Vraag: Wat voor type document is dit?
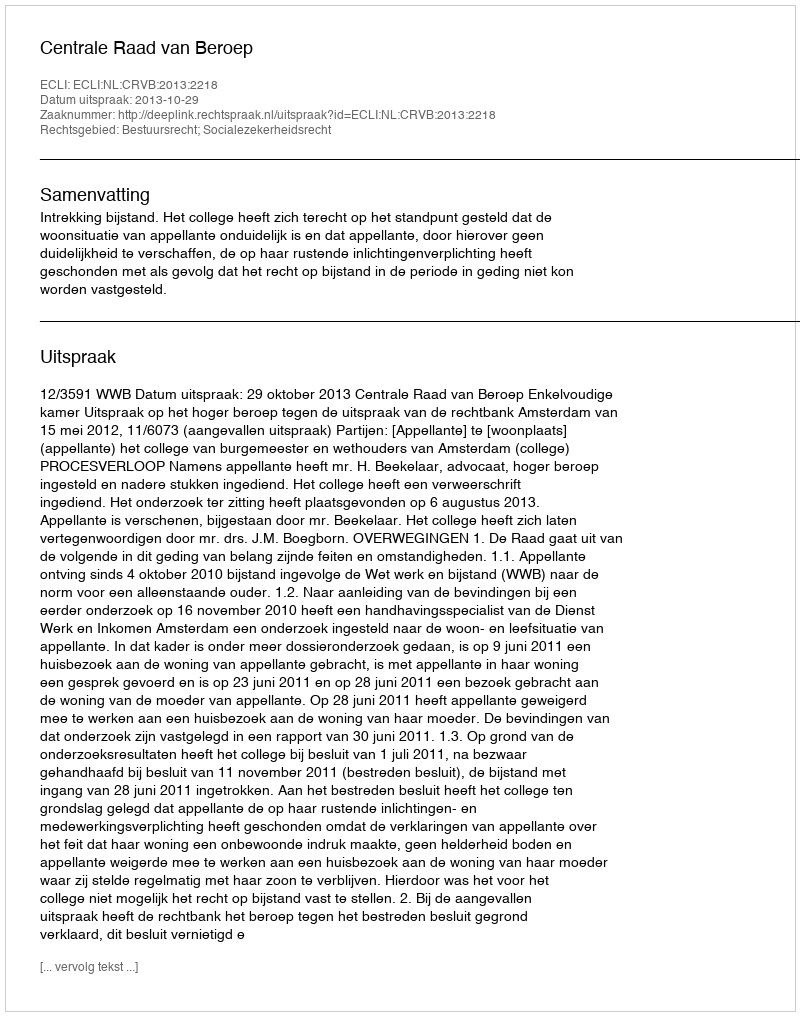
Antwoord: Uitspraak